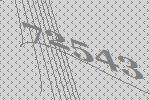
72543